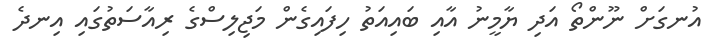
އުނގަށް ނޫންތޯ އަދި ޔާމީނު އާއި ބައިއަތު ހިފައިގެން މަޖިލިސްގެ ރިއާސަތުގައި އިނދެ